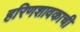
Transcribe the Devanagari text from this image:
हरिणशावकाची